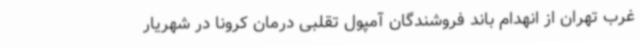
غرب تهران از انهدام باند فروشندگان آمپول تقلبی درمان کرونا در شهریار